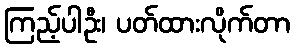
ကြည့်ပါဦး၊ ပတ်ထားလိုက်တာ